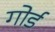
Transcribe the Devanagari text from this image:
गोर्ड